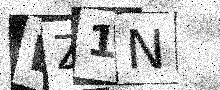
Text: BZ1N